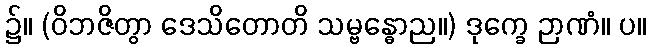
၌။ (ဝိဘဇိတွာ ဒေသိတောတိ သမ္ဗန္ဓောည။) ဒုက္ခေ ဉာဏံ။ ပ။